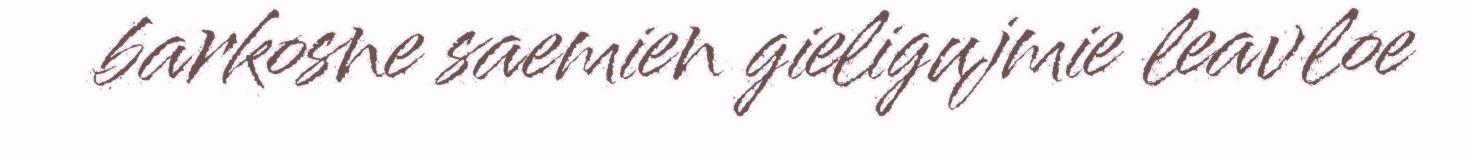
barkosne saemien gieligujmie leavloe